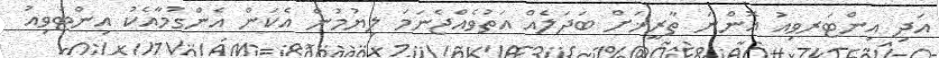
އަދި އިންޓަރވިއު އޮންނަ ތާރީޚަށް ބަދަލެއް އަތުވެއްޖެނަމަ ލިޔުމުން އެކަން އެންގުމާއެކު އިންޓަވިއު